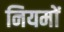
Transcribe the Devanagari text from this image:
नियमों